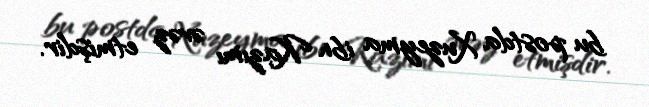
bu postda Xuzeyma ibn Kazımı əvəz etmişdir.